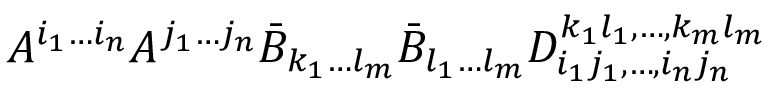
A ^ { i _ { 1 } \ldots i _ { n } } A ^ { j _ { 1 } \ldots j _ { n } } \bar { B } _ { k _ { 1 } \ldots l _ { m } } \bar { B } _ { l _ { 1 } \ldots l _ { m } } D _ { i _ { 1 } j _ { 1 } , \ldots , i _ { n } j _ { n } } ^ { k _ { 1 } l _ { 1 } , \ldots , k _ { m } l _ { m } }